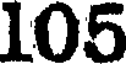
105